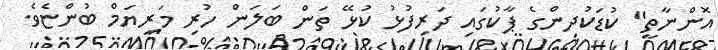
އޮންނާތީ" ކުޑަކުދިންގެ ޕާކުގައި ދަރިފުޅު ކުޅޭ ތަން ބަލަން ހުރި މަރިޔަމް ބުންޏެވެ.